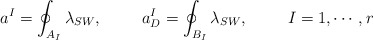
\begin{align*}a^{I}=\oint_{A_{I}}\lambda_{SW}, \hskip10mm a_{D}^{I}=\oint_{B_{I}}\lambda_{SW}, \hskip10mm I=1, \cdots , r\end{align*}